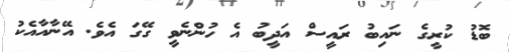
ބޮޑު ކުރީގެ ނައިބު ރައީސް އަދީބު އެ ހުންނެވީ ގޭގަ އެވެ. އޭނާއާއެކު